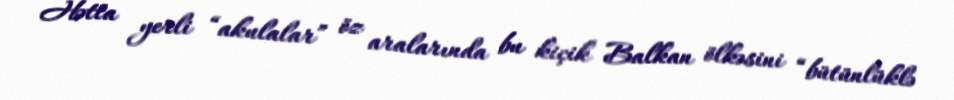
Hətta yerli “akulalar” öz aralarında bu kiçik Balkan ölkəsini “bütünlüklə